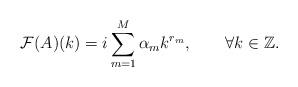
LaTeX: \begin{align*}\mathcal{F}(A)(k)=i\sum_{m=1}^{M}\alpha_{m}k^{r_{m}},\qquad\forall k\in\mathbb{Z}.\end{align*}